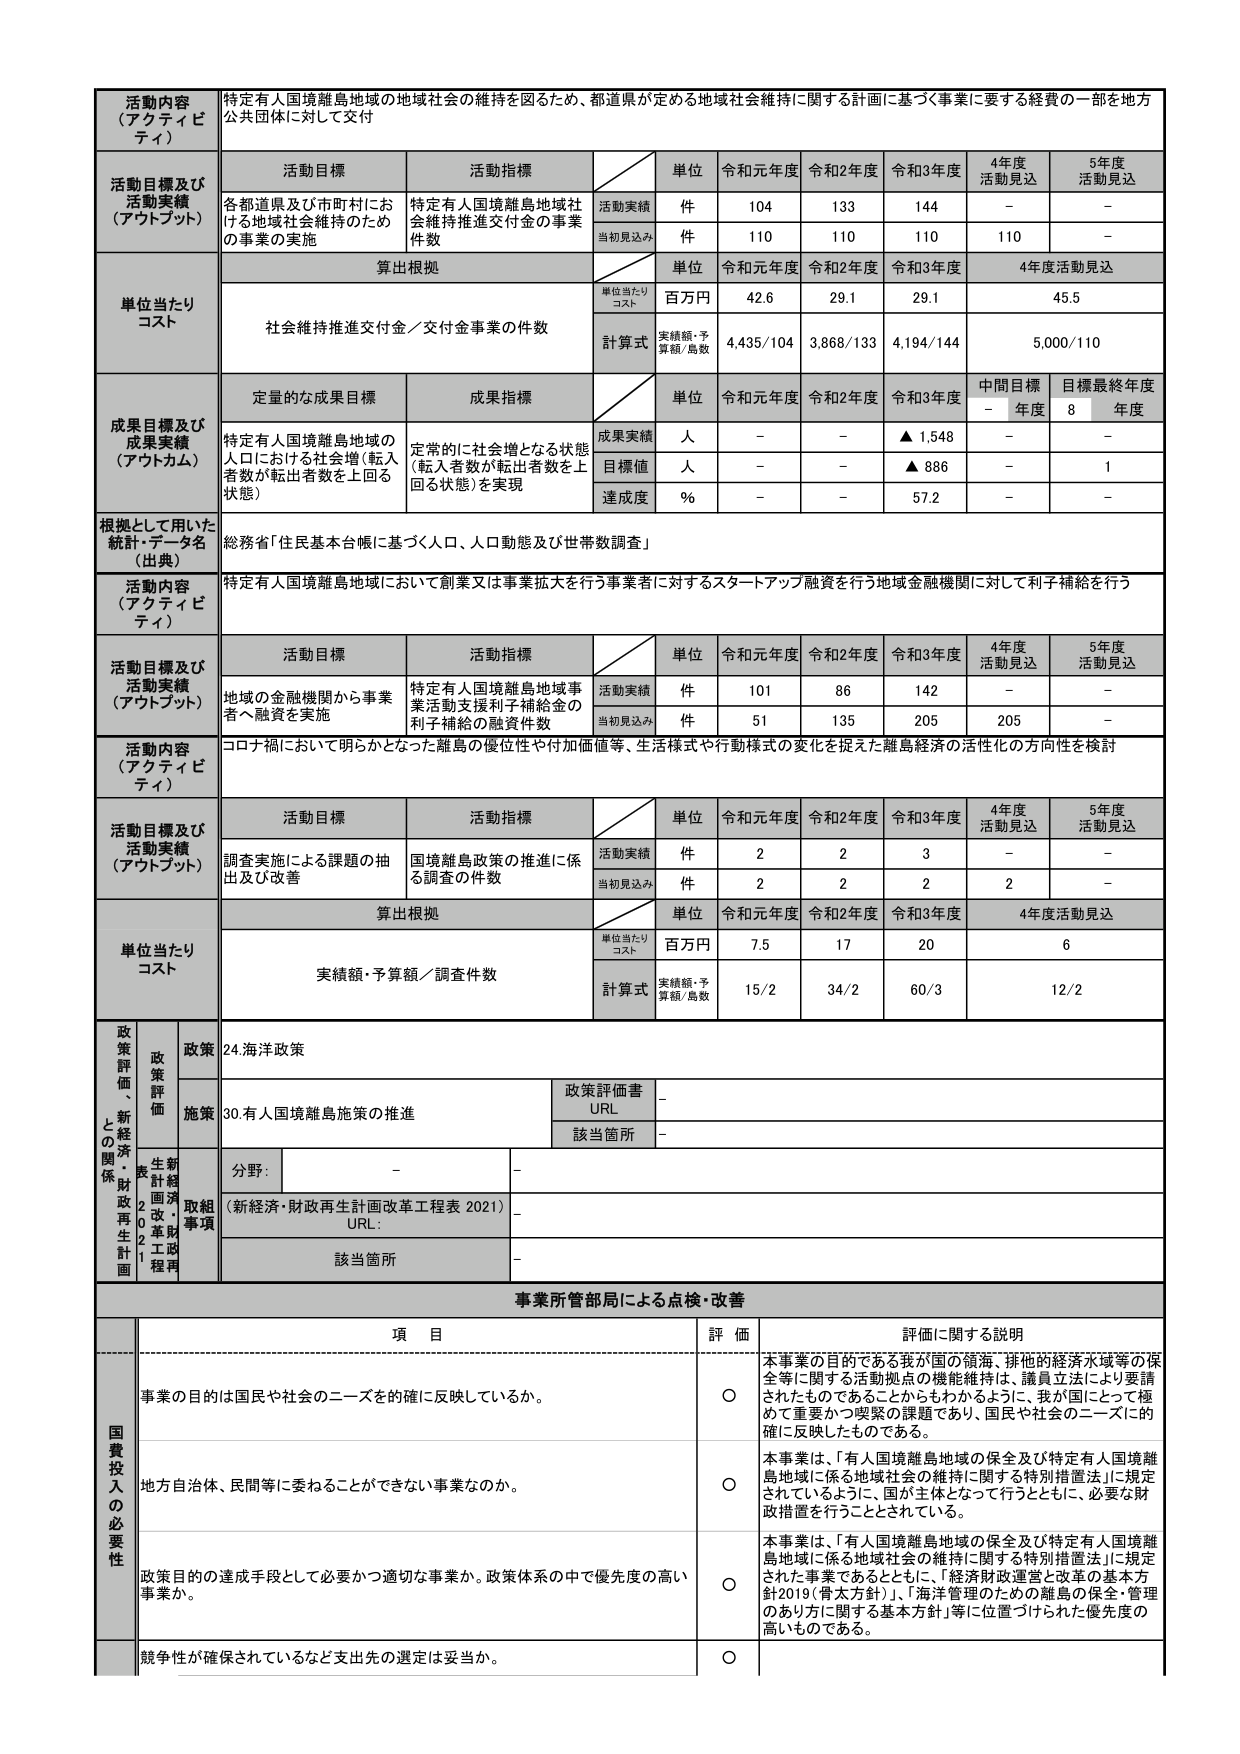
活動内容（アクティビティ） 特定有人国境離島地域の地域社会の維持を図るため、都道県が定める地域社会維持に関する計画に基づく事業に要する経費の一部を地方公共団体に対して交付

活動目標及び活動実績（アウトプット） 活動目標 活動指標 単位 令和元年度 令和2年度 令和3年度 4年度活動見込 5年度活動見込
各都道県及び市町村における地域社会維持のための事業の実施 特定有人国境離島地域社会維持推進交付金の事業件数 活動実績 件 104 133 144 - -
当初見込み 件 110 110 110 110 -

単位当たりコスト 算出根拠 単位 令和元年度 令和2年度 令和3年度 4年度活動見込
単位当たりコスト 百万円 42.6 29.1 29.1 45.5
社会維持推進交付金／交付金事業の件数 計算式 実績額・予算額/島数 4,435/104 3,868/133 4,194/144 5,000/110

成果目標及び成果実績（アウトカム） 定量的な成果目標 成果指標 単位 令和元年度 令和2年度 令和3年度 中間目標年度 目標最終年度
特定有人国境離島地域の人口における社会増（転入者数が転出者数を上回る状態） 定常的に社会増となる状態（転入者数が転出者数を上回る状態）を実現 成果実績 人 - - ▲1,548 - -
目標値 人 - - ▲886 - 1
達成度 % - - 57.2 - -

根拠として用いた統計・データ名（出典） 総務省「住民基本台帳に基づく人口、人口動態及び世帯数調査」

活動内容（アクティビティ） 特定有人国境離島地域において創業又は事業拡大を行う事業者に対するスタートアップ融資を行う地域金融機関に対して利子補給を行う

活動目標及び活動実績（アウトプット） 活動目標 活動指標 単位 令和元年度 令和2年度 令和3年度 4年度活動見込 5年度活動見込
地域の金融機関から事業者へ融資を実施 特定有人国境離島地域事業活動支援利子補給金の利子補給の融資件数 活動実績 件 101 86 142 - -
当初見込み 件 51 135 205 205 -

活動内容（アクティビティ） コロナ禍において明らかとなった離島の優位性や付加価値等、生活様式や行動様式の変化を捉えた離島経済の活性化の方向性を検討

活動目標及び活動実績（アウトプット） 活動目標 活動指標 単位 令和元年度 令和2年度 令和3年度 4年度活動見込 5年度活動見込
調査実施による課題の抽出及び改善 国境離島政策の推進に係る調査の件数 活動実績 件 2 2 3 - -
当初見込み 件 2 2 2 2 -

単位当たりコスト 算出根拠 単位 令和元年度 令和2年度 令和3年度 4年度活動見込
単位当たりコスト 百万円 7.5 17 20 6
実績額・予算額／調査件数 計算式 実績額・予算額/島数 15/2 34/2 60/3 12/2

政策評価・新経済・財政再生計画 政策 24.海洋政策
政策評価書 URL -
該当箇所 -
施策 30.有人国境離島施策の推進
分野： - -
（新経済・財政再生計画改革工程表 2021） URL： -
該当箇所 -

事業所管部局による点検・改善 項目 評価 評価に関する説明
事業の目的は国民や社会のニーズを的確に反映しているか。 ○ 本事業の目的である我が国の領海・排他的経済水域等の保全等に関する活動拠点の機能維持は、議員立法により要請されたものであることがかもわかるように、我が国にとって極めて重要かつ喫緊の課題であり、国民や社会のニーズに的確に反映したものである。
地方自治体、民間等に委ねることができない事業なのか。 ○ 本事業は、「有人国境離島地域の保全及び特定有人国境離島地域に係る地域社会の維持に関する特別措置法」に規定されているように、国が主体となって行うとともに、必要な財政措置を行うこととされている。
政策目的の達成手段として必要かつ適切な事業か。政策体系の中で優先度の高い事業か。 ○ 本事業は、「有人国境離島地域の保全及び特定有人国境離島地域に係る地域社会の維持に関する特別措置法」に規定された事業であるとともに、「経済財政運営と改革の基本方針2019（骨太方針）」、「海洋管理のための離島の保全・管理のあり方に関する基本方針」等に位置づけられた優先度の高いものである。
競争性が確保されているなど支出先の選定は妥当か。 ○